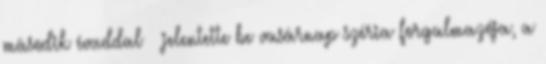
második évaddal – jelentette be vasárnap széria forgalmazója, a